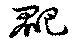
爬